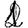
Digit: 1